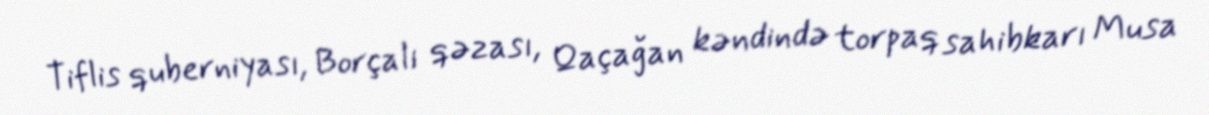
Tiflis quberniyası, Borçalı qəzası, Qaçağan kəndində torpaq sahibkarı Musa